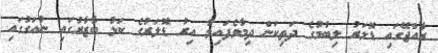
ރާއްޖޭގައި ޑޮލަރު ލިބުމުގެ ދަތިކަން ދިމާވެފައިވާ އިރު ޑޮލަރުގެ ކަޅު ބާޒާރުގައި ނުއަގުގައި